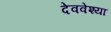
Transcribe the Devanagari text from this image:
देववेश्या